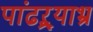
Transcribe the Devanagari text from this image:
पांढऱ्र्‍याभ्र